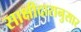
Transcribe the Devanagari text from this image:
साक्षीदारानुसार